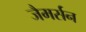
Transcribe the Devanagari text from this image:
जैमर्सन